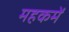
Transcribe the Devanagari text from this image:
महकमें